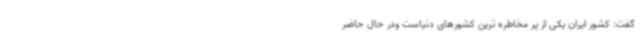
گفت: کشور ایران یکی از پر مخاطره ترین کشورهای دنیاست ودر حال حاضر